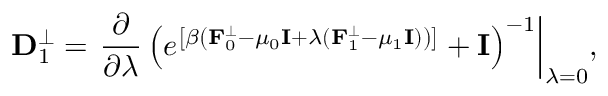
{ \displaystyle { \bf D } _ { 1 } ^ { \perp } = \left. \frac { \partial } { \partial \lambda } \left( e ^ { \left[ \beta \left( { \bf F } _ { 0 } ^ { \perp } - \mu _ { 0 } { \bf I } + \lambda ( { \bf F } _ { 1 } ^ { \perp } - \mu _ { 1 } { \bf I } ) \right) \right] } + { \bf I } \right) ^ { - 1 } \right\vert _ { \lambda = 0 } } ,